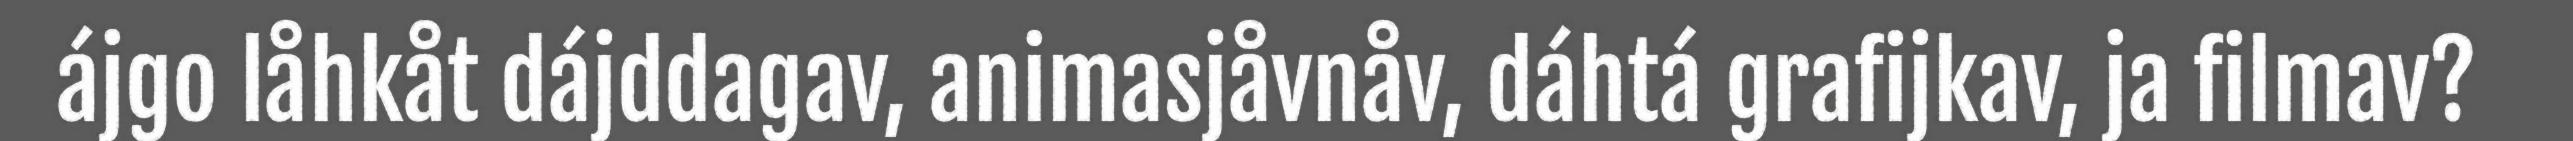
ájgo låhkåt dájddagav, animasjåvnåv, dáhtá grafijkav, ja filmav?